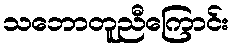
သဘောတူညီကြောင်း